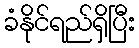
ခံနိုင်ရည်ရှိပြီး